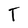
Character: T